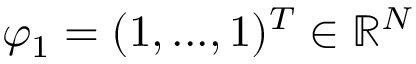
\varphi _ { 1 } = ( 1 , . . . , 1 ) ^ { T } \in \mathbb R ^ { N }